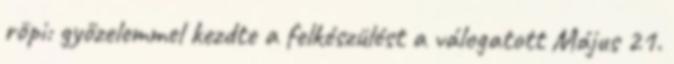
röpi: győzelemmel kezdte a felkészülést a válogatott Május 21.